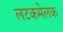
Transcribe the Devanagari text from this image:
लटकमेलक